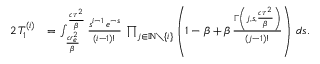
\begin{array} { r l } { 2 \, T _ { 1 } ^ { ( i ) } } & { = \int _ { \frac { c r _ { e } ^ { 2 } } { \beta } } ^ { \frac { c \tau ^ { 2 } } { \beta } } \frac { s ^ { i - 1 } \, e ^ { - s } } { ( i - 1 ) ! } \, \prod _ { j \in \mathbb { N } \setminus \{ i \} } \left( 1 - \beta + \beta \, \frac { \Gamma \left( j , s , \frac { c \tau ^ { 2 } } { \beta } \right) } { ( j - 1 ) ! } \right) \, d s . } \end{array}